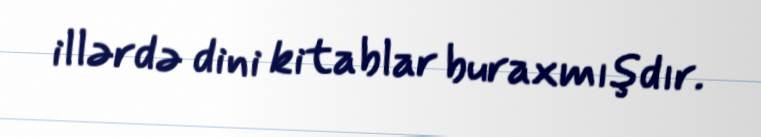
illərdə dini kitablar buraxmışdır.